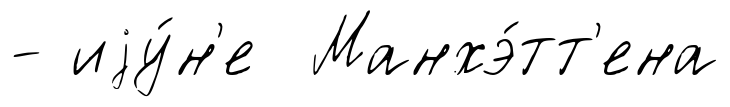
- иjу́н'е Манхэ́тт'ена